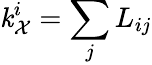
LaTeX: \mathit{k}_{\mathcal{{X}}}^{i}=\sum_{j}L_{ij}